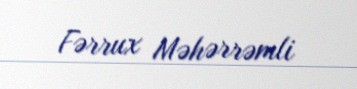
Fərrux Məhərrəmli